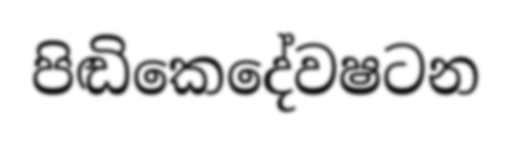
පිඬිකෙදේවෂටන